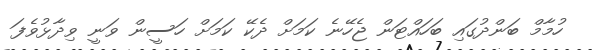
ހުމާމް ބަންދުގައި ބަހައްޓަން ޖެހޭނެ ކަމަށް ދެކޭ ކަމަށް ހަސީން ވަނީ ވިދާޅުވެފަ